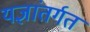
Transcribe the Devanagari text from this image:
यज्ञांतर्गत